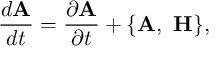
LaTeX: { \frac { d { \bf A } } { d t } } = { \frac { \partial { \bf A } } { \partial t } } + \{ { \bf A } , ~ { \bf H } \} ,